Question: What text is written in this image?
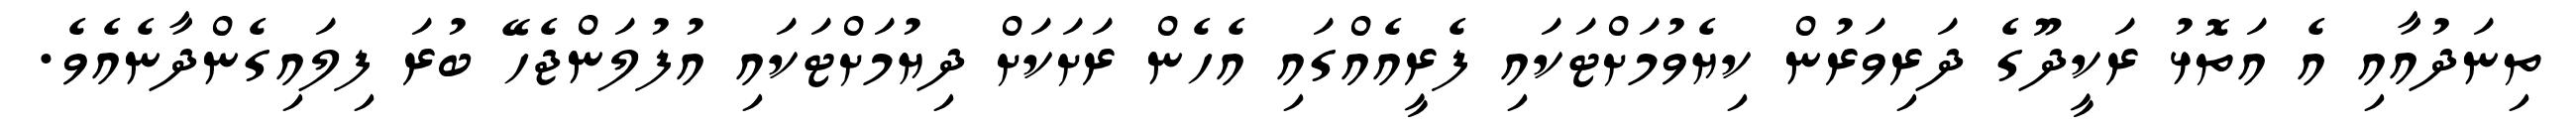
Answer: ތިނަދުއާއި އެ އަތޮޅު ރަކީދޫގެ ދަރިވަރުން ކިޔެވުމަށްޓަކައި ފެރީއެއްގައި އެހެން ރަށަކަށް ދިޔުމަށްޓަކައި އުފުލަންޖެހޭ ބުރަ ފިލައިގެންދާނެއެވެ.